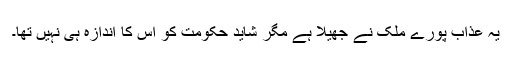
یہ عذاب پورے ملک نے جھیلا ہے مگر شاید حکومت کو اس کا اندازہ ہی نہیں تھا۔